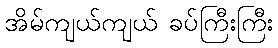
အိမ်ကျယ်ကျယ် ခပ်ကြီးကြီး